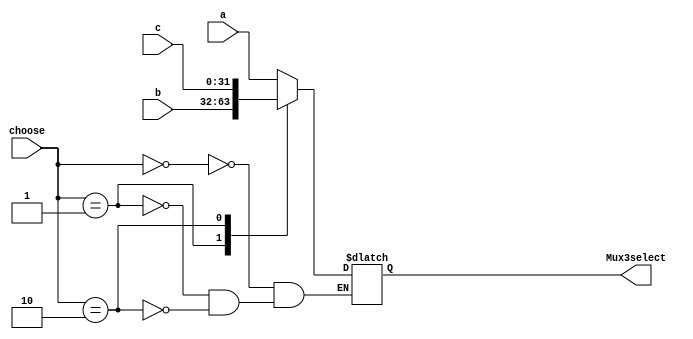
`timescale 1ns / 1ps
//////////////////////////////////////////////////////////////////////////////////
// Company: 
// Engineer: 
// 
// Design Name: 
// Module Name: mux3
// Project Name: 
// Target Devices: 
// Tool Versions: 
// Description: 
// 
// Dependencies: 
// 
// Revision:
// Revision 0.01 - File Created
// Additional Comments:
// 
//////////////////////////////////////////////////////////////////////////////////


module mux3(
input[31:0]a,
input[31:0]b,
input[31:0]c,
input[1:0]choose,
output reg [31:0]Mux3select
 );
 always@(*)
 begin
 case(choose)
 2'b00:Mux3select<=a;
 2'b01:Mux3select<=b;
 2'b10:Mux3select<=c;
 endcase
 end
endmodule